Lunatic asylums Central Provinces reports 1874-1885 - 1874-1885
Year: 1874
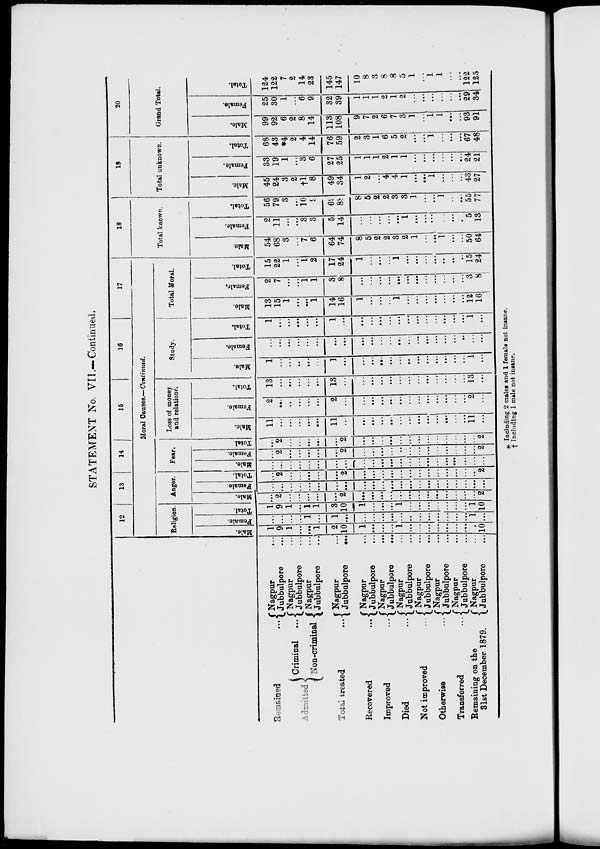
STATEMENT No. VII.-Continued.
Remained
...
Admitted
Criminal ...
Non-criminal
Total treated
...
Recovered
...
Improved ...
Died ...
Not improved ...
Otherwise ...
Transferred ...
Remaining on the
31st December 1879.
Nagpur ...
Jubbulpore ...
Nagpur ...
Jubbulpore ...
Nagpur ...
Jubbulpore ...
Nagpur ...
Jubbulpore
...
Nagpur ...
Jubbulpore ...
Nagpur ...
Jubblpore ...
Nagpur ...
Jubblpore ...
Nagpur ...
Jubblpore ...
Nagpur ...
Jubblpore ...
Nagpur ...
Jubbulpore
Nagpur ...
Jubbulpore ...
12
13
14
15
16
17
Moral Causes.—Continued.
Religion.
Male.
1
9
1
...
...
1
2
10
1
...
...
...
1
...
...
...
...
...
...
...
...
10
Female.
...
...
...
...
1
....
1
...
...
...
...
...
...
...
...
...
...
...
...
...
1
...
Total.
1
9
1
...
1
1
3
10
1
...
...
...
1
...
...
...
...
...
...
...
1
10
Anger.
Male.
...
2
...
...
...
...
...
2
...
...
...
...
...
...
...
...
...
...
...
...
...
2
Female.
...
...
...
...
...
...
...
...
...
...
...
...
...
...
...
...
...
...
...
...
...
...
Total.
...
2
...
...
...
...
...
2
...
...
...
...
...
...
...
...
...
...
...
...
...
2
Fear.
Male.
...
...
...
...
...
...
...
...
...
...
...
...
...
...
...
...
...
...
...
...
...
...
Female.
...
2
...
...
...
...
...
2
...
...
...
...
...
...
...
...
...
...
...
...
...
2
Total.
...
2
...
...
...
...
...
2
...
...
...
...
...
...
...
...
...
...
...
...
...
2
Loss of money
and relations.
Male.
11
...
...
...
...
...
11
...
...
...
...
...
...
...
...
...
...
...
...
...
11
...
Female.
2
...
...
...
...
...
2
...
...
...
...
...
...
...
...
...
...
...
...
...
2
...
Total.
13
...
...
...
...
...
13
...
...
...
...
...
...
...
...
...
...
...
...
...
13
...
Study.
Male.
1
...
...
...
...
...
1
...
...
...
...
...
...
...
...
...
...
...
...
...
1
...
Female.
...
...
...
...
...
...
...
...
...
...
...
...
...
...
...
...
...
...
...
...
...
...
Total.
1
...
...
...
...
...
1
...
...
...
....
...
...
...
...
...
...
...
...
...
1
...
Total Moral.
Male.
13
15
1
...
...
1
14
16
1
...
...
...
1
...
...
...
...
...
...
...
12
16
Female.
2
7
...
...
1
1
3
8
...
...
...
...
...
...
...
...
...
...
...
...
3
8
Total.
15
22
1
...
1
2
17
24
1
...
...
...
1
...
...
...
...
...
...
...
15
24
18
Total known.
Male.
54
68
3
...
7
6
64
74
8
5
2
2
3
2
1
...
...
1
...
...
50
64
Female.
2
11
...
...
3
3
5
14
...
...
...
...
...
1
...
...
...
...
...
...
5
13
Total.
56
79
3
...
10
9
69
88
8
5
2
2
3
3
1
...
...
1
...
...
55
77
19
Total unknown.
Male.
45
24
3
2
†1
8
49
34
1
2
...
4
4
1
...
...
1
...
...
...
43
27
Female.
33
19
1
...
3
6
27
25
1
1
1
2
1
1
...
...
...
...
...
...
24
21
Total.
68
43
*4
2
4
14
76
59
2
3
1
6
5
2
...
...
1
...
...
...
67
48
20
Grand Total.
Male.
99
92
6
2
8
14
113
108
9
7
2
6
7
3
1
...
1
1
...
...
93
91
Female.
25
30
1
...
6
9
32
39
1
1
1
2
1
2
...
...
...
...
...
...
29
34
Total.
124
122
7
2
14
23
145
147
10
8
3
8
8
5
1
...
1
1
...
...
122
125
* Including 2 males and 1 female not insane.
† Including 1 male not insane.